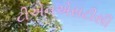
ટીએનએસટીસી